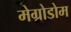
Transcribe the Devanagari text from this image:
मेग्रोडोम